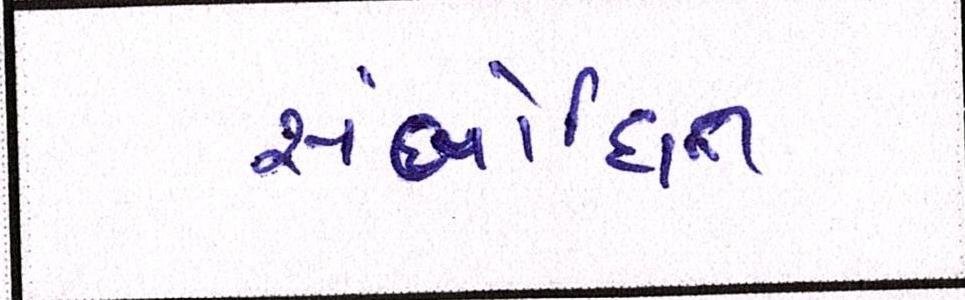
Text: સંબોધિત